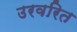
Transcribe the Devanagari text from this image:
उरवरित